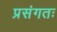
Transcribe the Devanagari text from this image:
प्रसंगतः